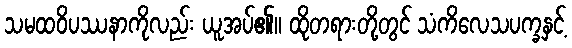
သမထဝိပဿနာကိုလည်း ယူအပ်၏။ ထိုတရားတို့တွင် သံကိလေသပက္ခနှင့်